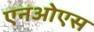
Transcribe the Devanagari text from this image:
एनओएस